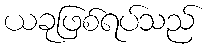
ယခုဖြစ်ရပ်သည်